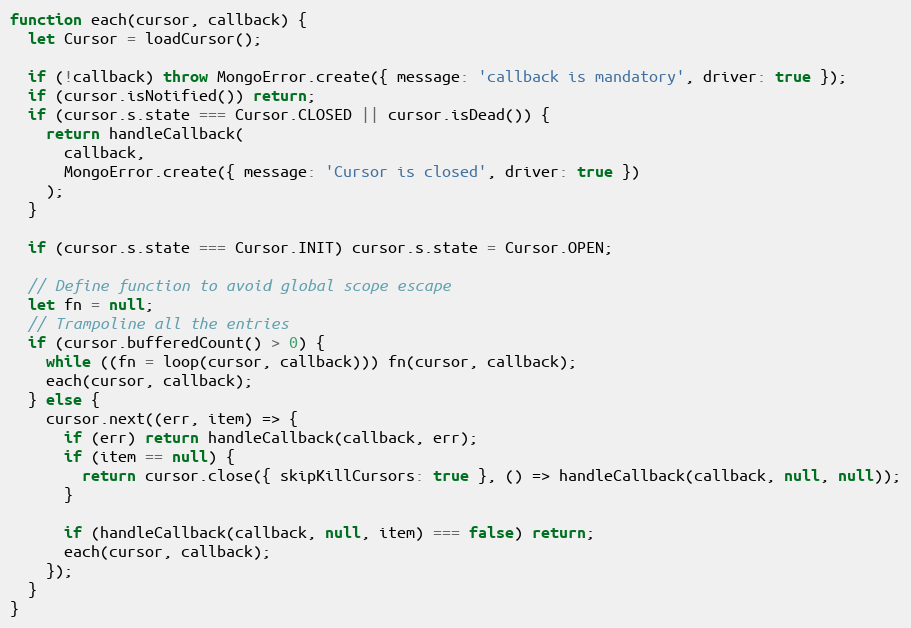
Language: JavaScript
function each(cursor, callback) {
  let Cursor = loadCursor();

  if (!callback) throw MongoError.create({ message: 'callback is mandatory', driver: true });
  if (cursor.isNotified()) return;
  if (cursor.s.state === Cursor.CLOSED || cursor.isDead()) {
    return handleCallback(
      callback,
      MongoError.create({ message: 'Cursor is closed', driver: true })
    );
  }

  if (cursor.s.state === Cursor.INIT) cursor.s.state = Cursor.OPEN;

  // Define function to avoid global scope escape
  let fn = null;
  // Trampoline all the entries
  if (cursor.bufferedCount() > 0) {
    while ((fn = loop(cursor, callback))) fn(cursor, callback);
    each(cursor, callback);
  } else {
    cursor.next((err, item) => {
      if (err) return handleCallback(callback, err);
      if (item == null) {
        return cursor.close({ skipKillCursors: true }, () => handleCallback(callback, null, null));
      }

      if (handleCallback(callback, null, item) === false) return;
      each(cursor, callback);
    });
  }
}